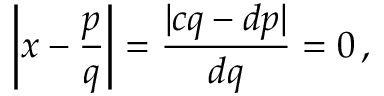
\left| x - { \frac { p } { q } } \right| = { \frac { | c q - d p | } { d q } } = 0 \, ,